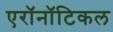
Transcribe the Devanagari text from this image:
एरॉनॉटिकल